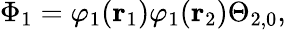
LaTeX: \Phi_{1}=\varphi_{1}(\mathbf{r}_{1})\varphi_{1}(\mathbf{r}_{2})\Theta_{2,0},